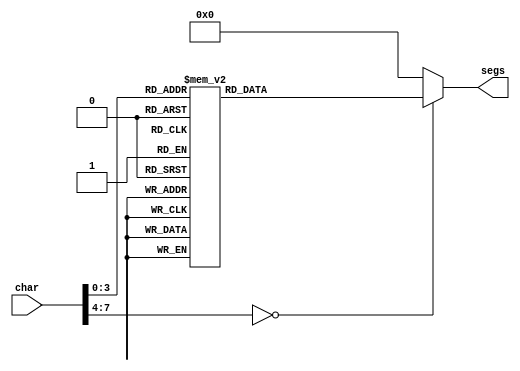
module char_coder_15 (
    input [7:0] char,
    output reg [6:0] segs
  );
  
  
  
  always @* begin
    
    case (char)
      1'h0: begin
        segs = 7'h3f;
      end
      1'h1: begin
        segs = 7'h30;
      end
      2'h2: begin
        segs = 7'h5b;
      end
      2'h3: begin
        segs = 7'h4f;
      end
      3'h4: begin
        segs = 7'h66;
      end
      3'h5: begin
        segs = 7'h6d;
      end
      3'h6: begin
        segs = 7'h3e;
      end
      3'h7: begin
        segs = 7'h39;
      end
      4'h8: begin
        segs = 7'h6e;
      end
      4'h9: begin
        segs = 7'h00;
      end
      4'ha: begin
        segs = 7'h38;
      end
      4'hb: begin
        segs = 7'h71;
      end
      4'hc: begin
        segs = 7'h77;
      end
      4'hd: begin
        segs = 7'h76;
      end
      4'he: begin
        segs = 7'h73;
      end
      default: begin
        segs = 7'h00;
      end
    endcase
  end
endmodule